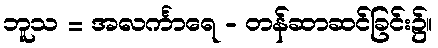
ဘူသ = အလင်္ကာရေ - တန်ဆာဆင်ခြင်း၌။